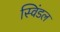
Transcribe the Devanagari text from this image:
स्विंडल